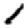
Digit: 1